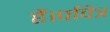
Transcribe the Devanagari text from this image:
हैं।पवित्र